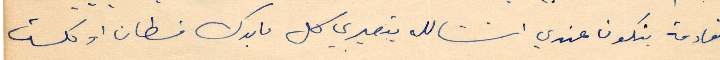
القادمة بتكون عندي انشالله بتصيري كل ما بدك فسطان او كلست